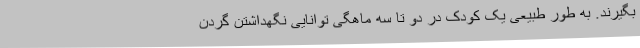
بگیرند. به طور طبیعی یک کودک در دو تا سه ماهگی توانایی نگهداشتن گردن